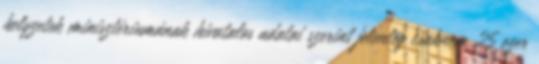
helyzetek minisztériumának hivatalos adatai szerint jelenleg csaknem 25 ezer